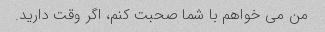
من می خواهم با شما صحبت کنم، اگر وقت دارید.